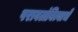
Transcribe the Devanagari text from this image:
परावलंबित्वाचे